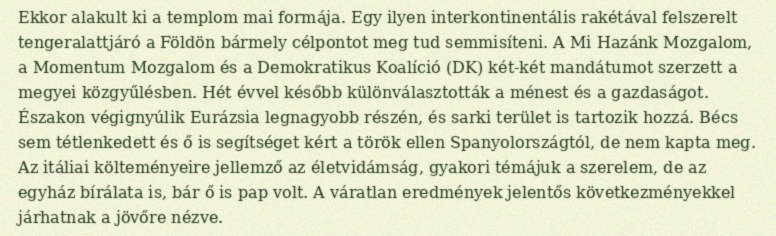
Ekkor alakult ki a templom mai formája. Egy ilyen interkontinentális rakétával felszerelt tengeralattjáró a Földön bármely célpontot meg tud semmisíteni. A Mi Hazánk Mozgalom, a Momentum Mozgalom és a Demokratikus Koalíció (DK) két-két mandátumot szerzett a megyei közgyűlésben. Hét évvel később különválasztották a ménest és a gazdaságot. Északon végignyúlik Eurázsia legnagyobb részén, és sarki terület is tartozik hozzá. Bécs sem tétlenkedett és ő is segítséget kért a török ellen Spanyolországtól, de nem kapta meg. Az itáliai költeményeire jellemző az életvidámság, gyakori témájuk a szerelem, de az egyház bírálata is, bár ő is pap volt. A váratlan eredmények jelentős következményekkel járhatnak a jövőre nézve.